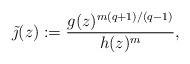
LaTeX: \begin{align*}\tilde{\jmath}(z) := \frac{g(z)^{m(q+1)/(q-1)}}{h(z)^m},\end{align*}